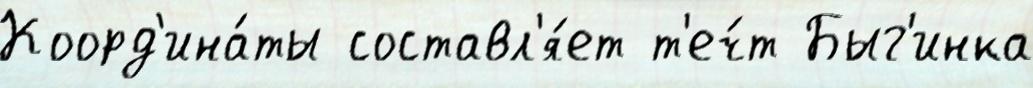
Коорд'ина́ты составл'я́ет т'еч́т Быг'инка